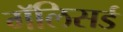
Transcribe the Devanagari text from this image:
गॅलिसर्ड